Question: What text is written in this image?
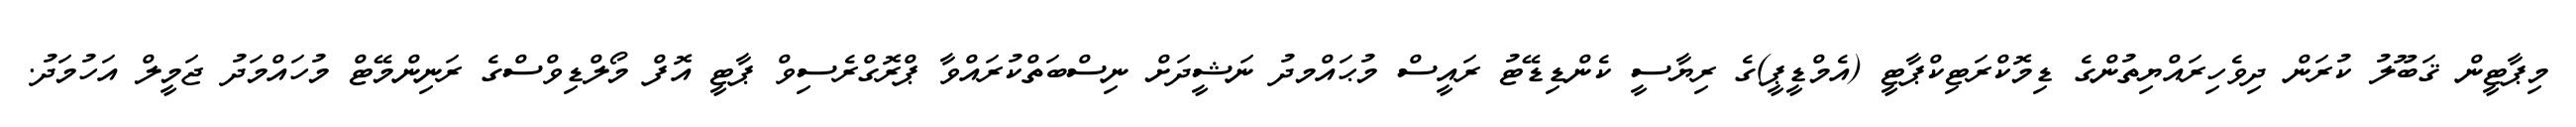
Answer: މިޕާޓީން ޤަބޫލު ކުރަން ދިވެހިރައްޔިތުންގެ ޑިމޮކްރަޓިކްޕާޓީ (އެމްޑީޕީ)ގެ ރިޔާސީ ކެންޑިޑޭޓު ރައީސް މުޙައްމދު ނަޝީދަށް ނިސްބަތްކުރައްވާ ޕްރޮގްރެސިވް ޕާޓީ އޮފް މޯލްޑިވްސްގެ ރަނިންމޭޓް މުހައްމަދު ޖަމީލް އަހުމަދު.